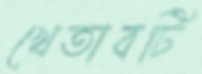
খেতাবটি